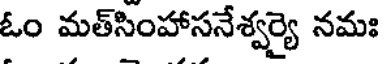
ఓం మత్సింహాసనేశ్వర్యై నమః